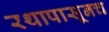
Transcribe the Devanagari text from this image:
रथापासूनच